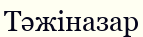
Тәжіназар